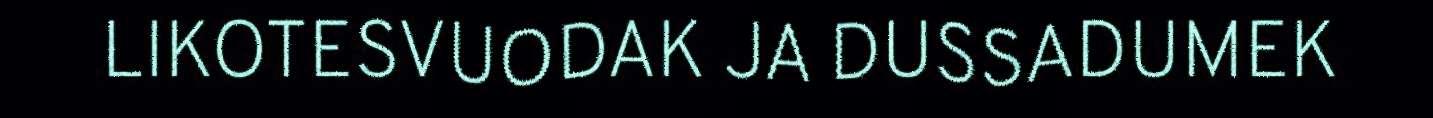
LIKOTESVUODAK JA DUSSADUMEK